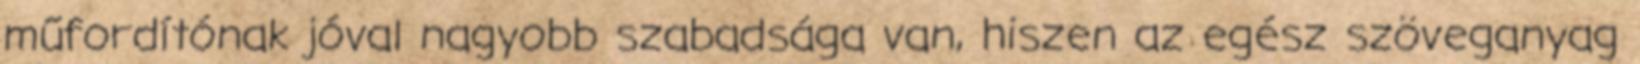
műfordítónak jóval nagyobb szabadsága van, hiszen az egész szöveganyag